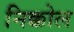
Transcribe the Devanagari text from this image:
निक्कोल